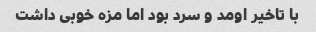
با تاخیر اومد و سرد بود اما مزه خوبی داشت